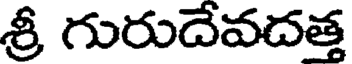
శ్రీ గురుదేవదత్త